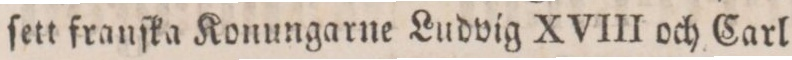
ſett franſka Konungarne Ludvig XVIII och Carl